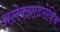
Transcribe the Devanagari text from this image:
अलेक्झांडरोव्हिच